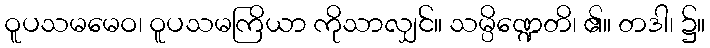
ဝူပသမမေဝ၊ ဝူပသမကြိယာ ကိုသာလျှင်။ သမ္ပိဏ္ဍေတိ၊ ၏။ တဒါ၊ ၌။